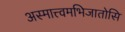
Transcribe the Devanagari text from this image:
अस्मात्त्वमभिजातोसि